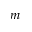
m